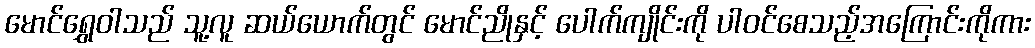
မောင်ရွှေဝါသည် သူ့လူ ဆယ်ယောက်တွင် မောင်ညိုနှင့် ပေါက်ကျိုင်းကို ပါဝင်စေသည့်အကြောင်းကိုကား